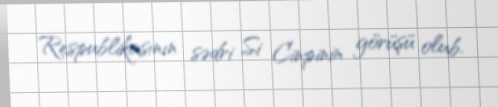
Respublikasının sədri Si Cinpinin görüşü olub.